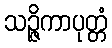
သဉ္ဇိကာပုတ္တံ